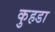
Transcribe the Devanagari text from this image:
कुहडा